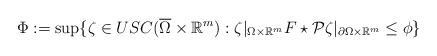
LaTeX: \begin{align*}\Phi:= \sup \{ \zeta \in USC(\overline{\Omega} \times \mathbb R^m): \zeta|_{\Omega\times \mathbb R^m} F\star\mathcal P\zeta|_{\partial \Omega\times \mathbb R^m} \le \phi \}\end{align*}